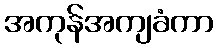
အကုန်အကျခံကာ